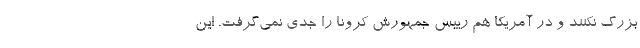
بزرگ نکنند و در آمریکا هم رییس جمهورش کرونا را جدی نمی‌گرفت. این